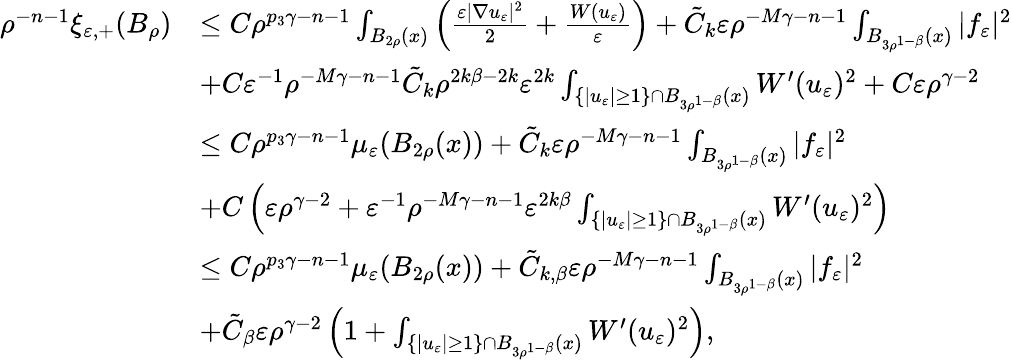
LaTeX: \begin{array}{rl}{\rho^{-n-1}\xi_{\varepsilon,+}(B_{\rho})}&{\leq C\rho^{p_{3}\gamma-n-1}\int_{B_{2\rho}(x)}\left(\frac{\varepsilon|\nabla u_{\varepsilon}|^{2}}{2}+\frac{W(u_{\varepsilon})}{\varepsilon}\right)+\tilde{C}_{k}\varepsilon\rho^{-M\gamma-n-1}\int_{B_{3\rho^{1-\beta}}(x)}|f_{\varepsilon}|^{2}}\\ &{+C\varepsilon^{-1}\rho^{-M\gamma-n-1}\tilde{C}_{k}\rho^{2k\beta-2k}\varepsilon^{2k}\int_{\{ |u_{\varepsilon}|\geq 1\} \cap B_{3\rho^{1-\beta}}(x)}W^{\prime}(u_{\varepsilon})^{2}+C\varepsilon\rho^{\gamma-2}}\\ &{\leq C\rho^{p_{3}\gamma-n-1}\mu_{\varepsilon}(B_{2\rho}(x))+\tilde{C}_{k}\varepsilon\rho^{-M\gamma-n-1}\int_{B_{3\rho^{1-\beta}}(x)}|f_{\varepsilon}|^{2}}\\ &{+C\left(\varepsilon\rho^{\gamma-2}+\varepsilon^{-1}\rho^{-M\gamma-n-1}\varepsilon^{2k\beta}\int_{\{ |u_{\varepsilon}|\geq 1\} \cap B_{3\rho^{1-\beta}}(x)}W^{\prime}(u_{\varepsilon})^{2}\right)}\\ &{\leq C\rho^{p_{3}\gamma-n-1}\mu_{\varepsilon}(B_{2\rho}(x))+\tilde{C}_{k,\beta}\varepsilon\rho^{-M\gamma-n-1}\int_{B_{3\rho^{1-\beta}}(x)}|f_{\varepsilon}|^{2}}\\ &{+\tilde{C}_{\beta}\varepsilon\rho^{\gamma-2}\left(1+\int_{\{ |u_{\varepsilon}|\geq 1\} \cap B_{3\rho^{1-\beta}}(x)}W^{\prime}(u_{\varepsilon})^{2}\right),}\end{array}